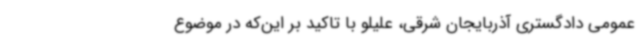
عمومی دادگستری آذربایجان شرقی، علیلو با تاکید بر این‌که در موضوع